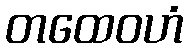
တထေဝဟံ